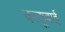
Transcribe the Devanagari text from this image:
काकूबाई